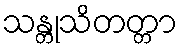
သန္တုသိတတ္တာ